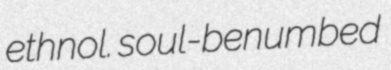
ethnol. soul-benumbed